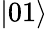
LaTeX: \left|01\right>